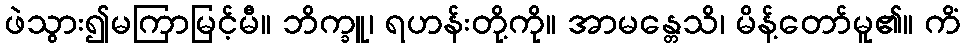
ဖဲသွား၍မကြာမြင့်မီ။ ဘိက္ခူ၊ ရဟန်းတို့ကို။ အာမန္တေသိ၊ မိန့်တော်မူ၏။ ကိံ